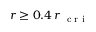
r \ge 0 . 4 \, r _ { \mathrm { ~ \scriptsize ~ c ~ r ~ i ~ } }